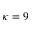
\kappa = 9